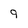
Character: 9